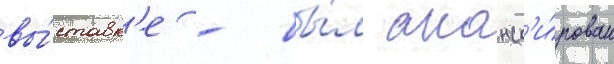
вы́ставк'е - бы́л анонс'и́рован